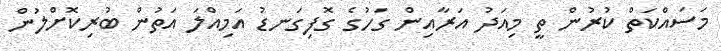
މަސައްކަތް ކުރުން ތީ މިއަދު އަރާއިން ގަހުގެ ގޮފިގަނޑު އަމިއްލަ އަތުން ބުރިކޮށްލުން